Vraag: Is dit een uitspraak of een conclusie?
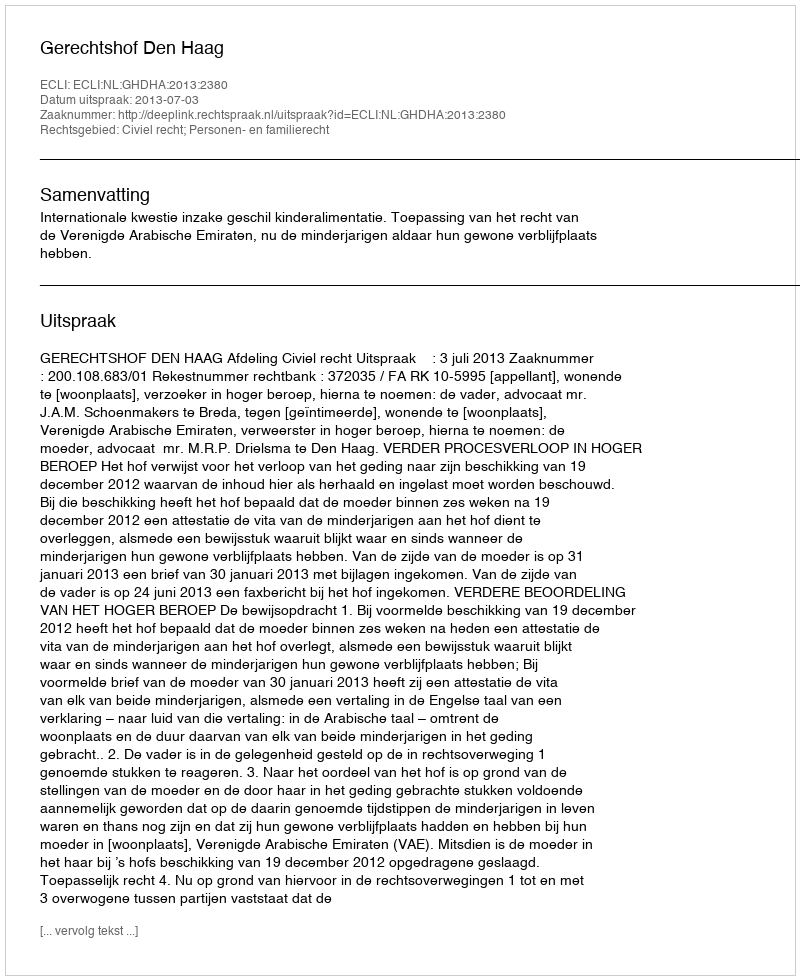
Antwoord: Uitspraak